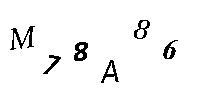
M78A86